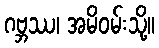
ဂဗ္ဘဿ၊ အမိဝမ်းသို့။